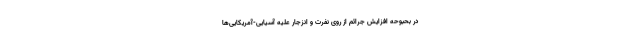
در بحبوحه افزایش جرائم از روی نفرت و انزجار علیه آسیایی-آمریکایی‌ها